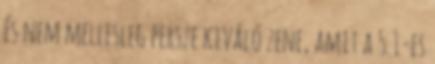
és nem mellesleg persze kiváló zene, amit a 5.1-es